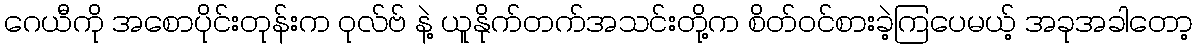
ဂေယီကို အစောပိုင်းတုန်းက ဝုလ်ဗ် နဲ့ ယူနိုက်တက်အသင်းတို့က စိတ်ဝင်စားခဲ့ကြပေမယ့် အခုအခါတော့